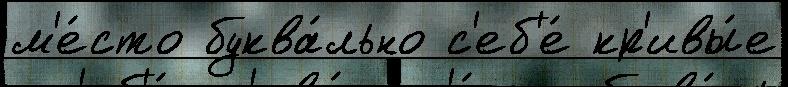
м'е́сто буква́льно с'еб'е́ кр'ивы́е